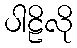
ပါဠိလို